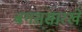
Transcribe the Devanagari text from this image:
बगससारखे